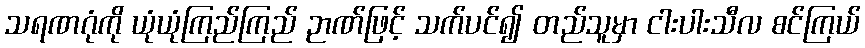
သရဏဂုံကို ယုံယုံကြည်ကြည် ဉာဏ်ဖြင့် သက်ပင်၍ တည်သူမှာ ငါးပါးသီလ စင်ကြယ်